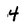
Character: 4